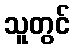
သူတွင်